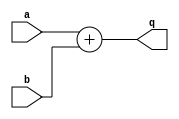
module adder (q,a,b );
input a,b;
output [1:0] q;

assign q =  a  + b;

endmodule